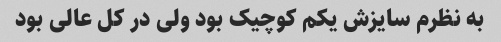
به نظرم سایزش یکم کوچیک بود ولی در کل عالی بود